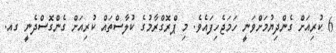
6 ކުރިއަށް ގެންދިޔުމަށްވަނީ ހަމަޖެހިފައެވެ. މި ޕްރޮގްރާމުގެ ކުލާސްތައް ކުރިއަށް ގެންގޮސްދެނީ ގއ.